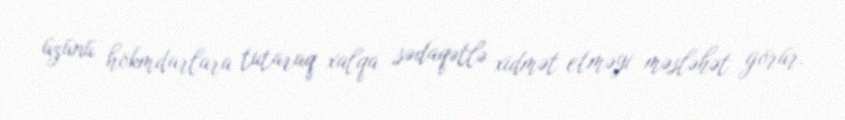
üzünü hökmdarlara tutaraq xalqa sədaqətlə xidmət etməyi məsləhət görür.